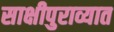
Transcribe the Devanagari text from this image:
साक्षीपुराव्यात